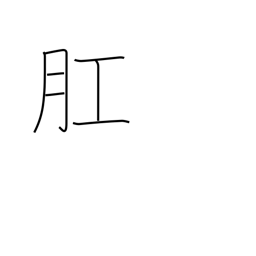
Meaning: anus